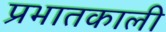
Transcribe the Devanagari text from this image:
प्रभातकाली